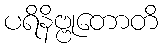
ပရိနိဗ္ဗုတောတိ